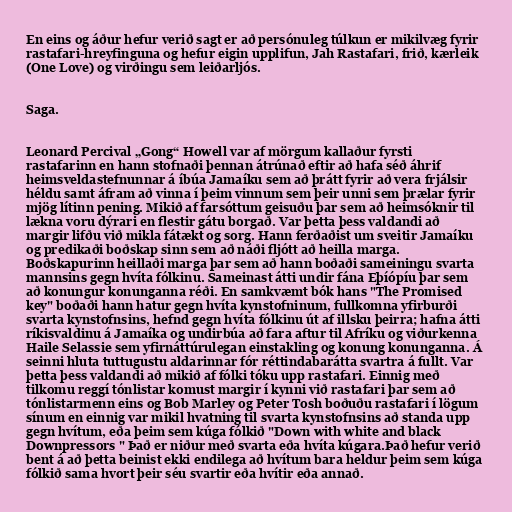
En eins og áður hefur verið sagt er að persónuleg túlkun er mikilvæg fyrir
rastafari-hreyfinguna og hefur eigin upplifun, Jah Rastafari, frið, kærleik
(One Love) og virðingu sem leiðarljós.

Saga.

Leonard Percival „Gong“ Howell var af mörgum kallaður fyrsti
rastafarinn en hann stofnaði þennan átrúnað eftir að hafa séð áhrif
heimsveldastefnunnar á íbúa Jamaíku sem að þrátt fyrir að vera frjálsir
héldu samt áfram að vinna í þeim vinnum sem þeir unni sem þrælar fyrir
mjög lítinn pening. Mikið af farsóttum geisuðu þar sem að heimsóknir til
lækna voru dýrari en flestir gátu borgað. Var þetta þess valdandi að
margir lifðu við mikla fátækt og sorg. Hann ferðaðist um sveitir Jamaíku
og predikaði boðskap sinn sem að náði fljótt að heilla marga.
Boðskapurinn heillaði marga þar sem að hann boðaði sameiningu svarta
mannsins gegn hvíta fólkinu. Sameinast átti undir fána Eþíópíu þar sem
að konungur konunganna réði. En samkvæmt bók hans "The Promised
key" boðaði hann hatur gegn hvíta kynstofninum, fullkomna yfirburði
svarta kynstofnsins, hefnd gegn hvíta fólkinu út af illsku þeirra; hafna átti
ríkisvaldinu á Jamaíka og undirbúa að fara aftur til Afríku og viðurkenna
Haile Selassie sem yfirnáttúrulegan einstakling og konung konunganna. Á
seinni hluta tuttugustu aldarinnar fór réttindabarátta svartra á fullt. Var
þetta þess valdandi að mikið af fólki tóku upp rastafari. Einnig með
tilkomu reggí tónlistar komust margir í kynni við rastafari þar sem að
tónlistarmenn eins og Bob Marley og Peter Tosh boðuðu rastafari í lögum
sínum en einnig var mikil hvatning til svarta kynstofnsins að standa upp
gegn hvítum, eða þeim sem kúga fólkið "Down with white and black
Downpressors " Það er niður með svarta eða hvíta kúgara.Það hefur verið
bent á að þetta beinist ekki endilega að hvítum bara heldur þeim sem kúga
fólkið sama hvort þeir séu svartir eða hvítir eða annað.